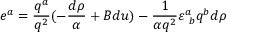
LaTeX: e ^ { a } = { \frac { q ^ { a } } { q ^ { 2 } } } ( - { \frac { d \rho } { \alpha } } + B d u ) - { \frac { 1 } { \alpha q ^ { 2 } } } \varepsilon _ { \ b } ^ { a } q ^ { b } d \rho